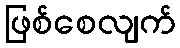
ဖြစ်စေလျက်